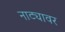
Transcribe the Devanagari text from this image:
नाट्यावर